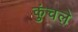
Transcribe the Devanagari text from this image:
कुंचले